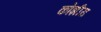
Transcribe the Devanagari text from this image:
कोंझीरा